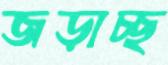
জড়াচ্ছ